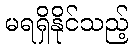
မရရှိနိုင်သည့်